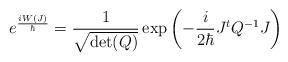
LaTeX: \begin{align*}e^{\frac{i W(J)}{\hbar}}= \frac{1}{\sqrt{\det(Q)}} \exp\left( -\frac{i}{2\hbar} J^t Q^{-1} J \right)\end{align*}